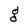
Character: g